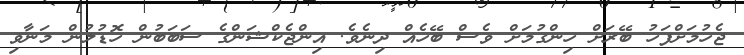
ޖެހުމަށްފަހު ބޭރަށް ހިންގުމަށް ވެސް ބޭހެއް ދިނެވެ. އިންޖެކްޝަންގެ ސަބަބުން ހޮޑުލުން މަނާވި